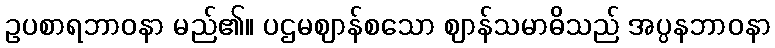
ဥပစာရဘာဝနာ မည်၏။ ပဌမဈာန်စသော ဈာန်သမာဓိသည် အပ္ပနဘာဝနာ